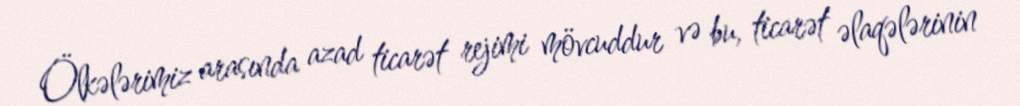
Ölkələrimiz arasında azad ticarət rejimi mövcuddur və bu, ticarət əlaqələrinin